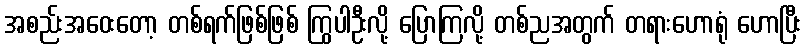
အစည်းအဝေးတော့ တစ်ရက်ဖြစ်ဖြစ် ကြွပါဦးလို့ ပြောကြလို့ တစ်ညအတွက် တရားဟောရုံ ဟောပြီး